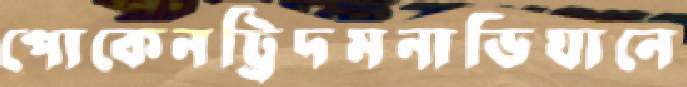
পোকেনট্রিদমনাভিযানে